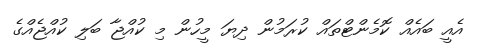
އެއީ ބައެއް ކޮމެންޓްތައް ކުރަމުން ދިޔަ މީހުން މި ކުއްޖާ ބަލި ކުއްޖެއްގެ